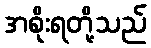
အစိုးရတို့သည်